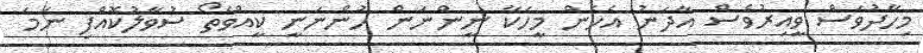
މިހާދުވަސް ވީއިރުވެސް އާދަނު އެހެން މީހަކާ ނީންނަން ހުންނަނީ ކީއްވެތޯ ސުވާލުކޮއްފި ނަމަ